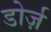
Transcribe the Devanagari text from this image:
डोर्ज़